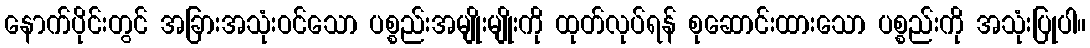
နောက်ပိုင်းတွင် အခြားအသုံးဝင်သော ပစ္စည်းအမျိုးမျိုးကို ထုတ်လုပ်ရန် စုဆောင်းထားသော ပစ္စည်းကို အသုံးပြုပါ။